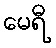
မေရီ